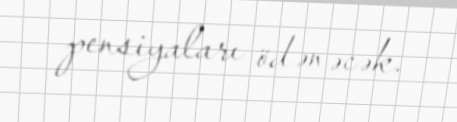
pensiyaları ödənəcək.